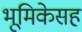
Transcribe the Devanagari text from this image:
भूमिकेसह